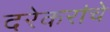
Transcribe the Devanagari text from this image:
दरेकरांचे